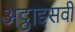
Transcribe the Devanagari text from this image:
अट्ठाइसवीं